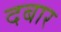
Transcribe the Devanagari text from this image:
दबार